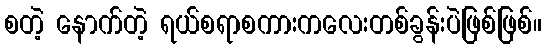
စတဲ့ နောက်တဲ့ ရယ်စရာစကားကလေးတစ်ခွန်းပဲဖြစ်ဖြစ်။